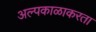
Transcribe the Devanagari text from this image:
अल्पकाळाकरता